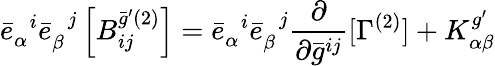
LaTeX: {\bar{e}}_{\alpha}^{\; \; i}{\bar{e}}_{\beta}^{\; \; j}\left[{B}_{ij}^{\bar{g}^{\prime}(2)}\right]={\bar{e}}_{\alpha}^{\; \; i}{\bar{e}}_{\beta}^{\; \; j}\frac{\partial}{\partial\bar{g}^{ij}}[\Gamma^{(2)}]+{K}_{\alpha\beta}^{g^{\prime}}